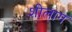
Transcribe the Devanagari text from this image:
शीलाग